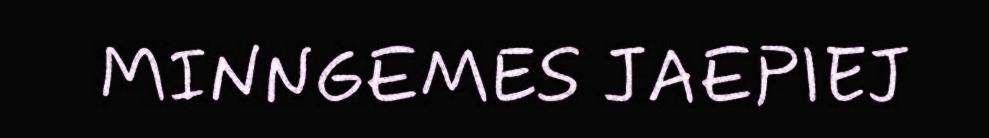
MINNGEMES JAEPIEJ